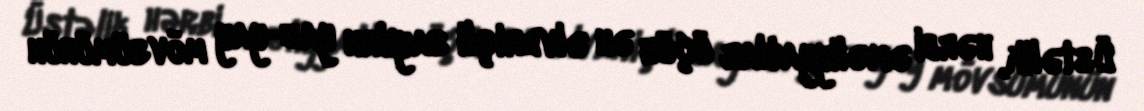
Üstəlik, hərbi əməliyyatlar üçün ən əlverişli sayılan yaz-yay mövsümünün